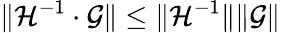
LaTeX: \lVert\mathcal{H}^{-1}\cdot\mathcal{G}\rVert\leq\lVert\mathcal{H}^{-1}\rVert\lVert\mathcal{G}\rVert